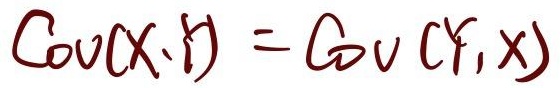
\[\text{Cov}(X,Y) = \text{Cov}(Y,X)\]